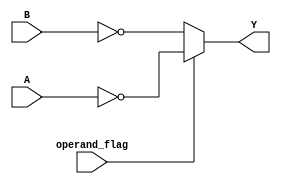
`timescale 1ns / 1ps

/*
    Return A or B inverted depending on operand_flag
        if(operand_flag == 1) return A inverted
        else return B inverted
*/
module ones_comp    
    #(parameter BUS_WIDTH = 8)
    (
        input [BUS_WIDTH - 1 : 0] A, 
        input [BUS_WIDTH - 1 : 0] B, 
        input operand_flag, 
        output [BUS_WIDTH - 1 : 0] Y        
    );
    
    assign Y = (operand_flag) ? ~(A) : ~(B); 
    
endmodule